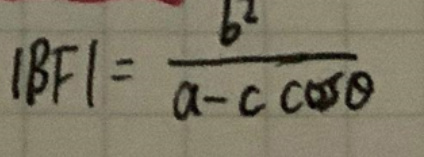
$\vert BF\vert = \frac{b^2}{a - c\cos\theta}$